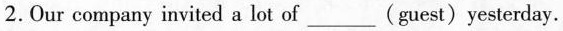
2.Our company invited a lot of ___ (guest) yesterday.